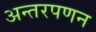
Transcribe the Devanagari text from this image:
अन्तरपणन